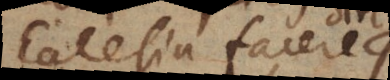
Ecclesia facere